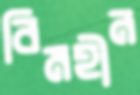
বিমহীন